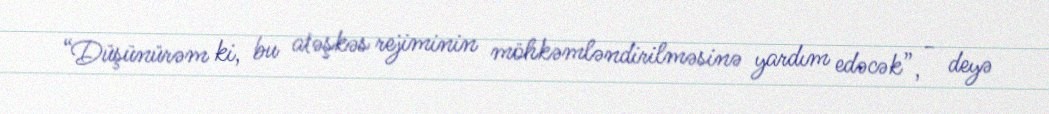
“Düşünürəm ki, bu atəşkəs rejiminin möhkəmləndirilməsinə yardım edəcək”, - deyə